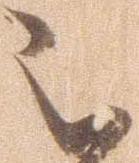
被